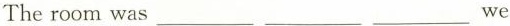
couldn't take any photos.